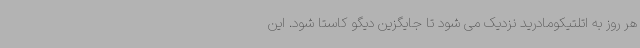
هر روز به اتلتیکومادرید نزدیک می شود تا جایگزین دیگو کاستا شود. این